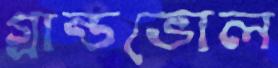
গ্রান্ডভোল